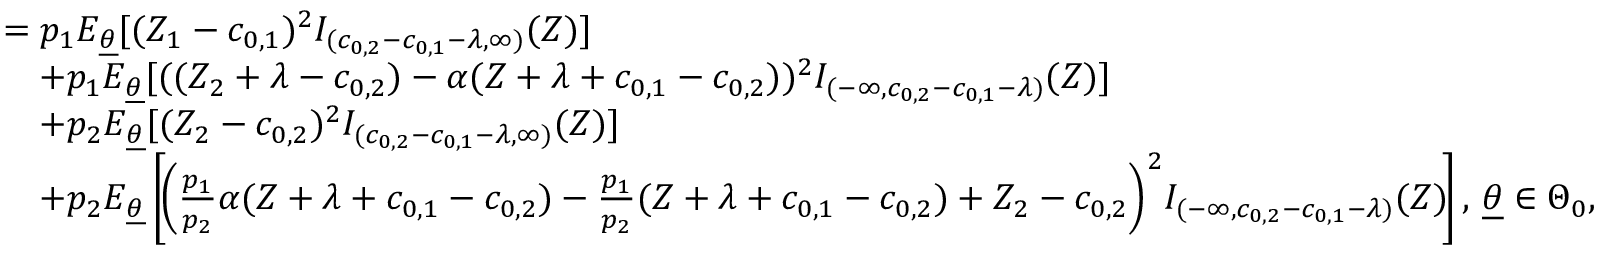
\begin{array} { r l } & { = p _ { 1 } E _ { \underline { { \theta } } } [ ( Z _ { 1 } - c _ { 0 , 1 } ) ^ { 2 } I _ { ( c _ { 0 , 2 } - c _ { 0 , 1 } - \lambda , \infty ) } ( Z ) ] } \\ & { \quad + p _ { 1 } E _ { \underline { { \theta } } } [ ( ( Z _ { 2 } + \lambda - c _ { 0 , 2 } ) - \alpha ( Z + \lambda + c _ { 0 , 1 } - c _ { 0 , 2 } ) ) ^ { 2 } I _ { ( - \infty , c _ { 0 , 2 } - c _ { 0 , 1 } - \lambda ) } ( Z ) ] } \\ & { \quad + p _ { 2 } E _ { \underline { { \theta } } } [ ( Z _ { 2 } - c _ { 0 , 2 } ) ^ { 2 } I _ { ( c _ { 0 , 2 } - c _ { 0 , 1 } - \lambda , \infty ) } ( Z ) ] } \\ & { \quad + p _ { 2 } E _ { \underline { { \theta } } } \left[ \! \left( \frac { p _ { 1 } } { p _ { 2 } } \alpha ( Z + \lambda + c _ { 0 , 1 } - c _ { 0 , 2 } ) - \frac { p _ { 1 } } { p _ { 2 } } ( Z + \lambda + c _ { 0 , 1 } - c _ { 0 , 2 } ) + Z _ { 2 } - c _ { 0 , 2 } \right) ^ { 2 } \! I _ { ( - \infty , c _ { 0 , 2 } - c _ { 0 , 1 } - \lambda ) } ( Z ) \! \right] , \, \underline { { \theta } } \in \Theta _ { 0 } , } \end{array}